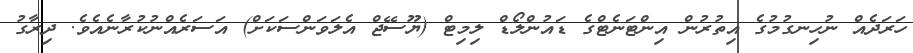
ހަރަދެއް ނުހިނގުމުގެ އިތުރުން އިންޓަނެޓްގެ ޑައުންލޯޑް ލިމިޓް (ޔޫސޭޖް އެލަވަންސަކަށް) އަސަރެއްނުކުރާނެއެވެ. ދިރާގު